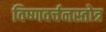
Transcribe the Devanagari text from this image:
विष्णवर्चनस्तोत्र